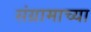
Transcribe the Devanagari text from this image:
संग्रामाच्या